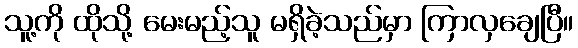
သူ့ကို ထိုသို့ မေးမည့်သူ မရှိခဲ့သည်မှာ ကြာလှချေပြီ။